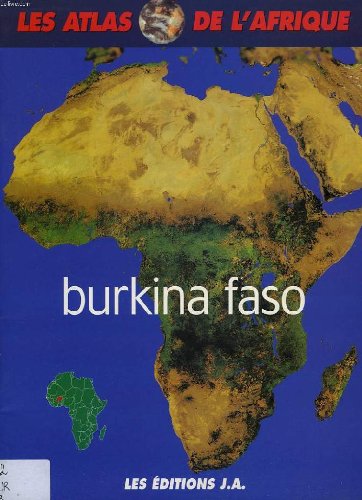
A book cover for Burkina Faso Atlas; Travel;